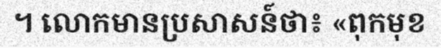
។ លោកមានប្រសាសន៍ថា៖ «ពុកមុខ